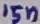
Text: 15n